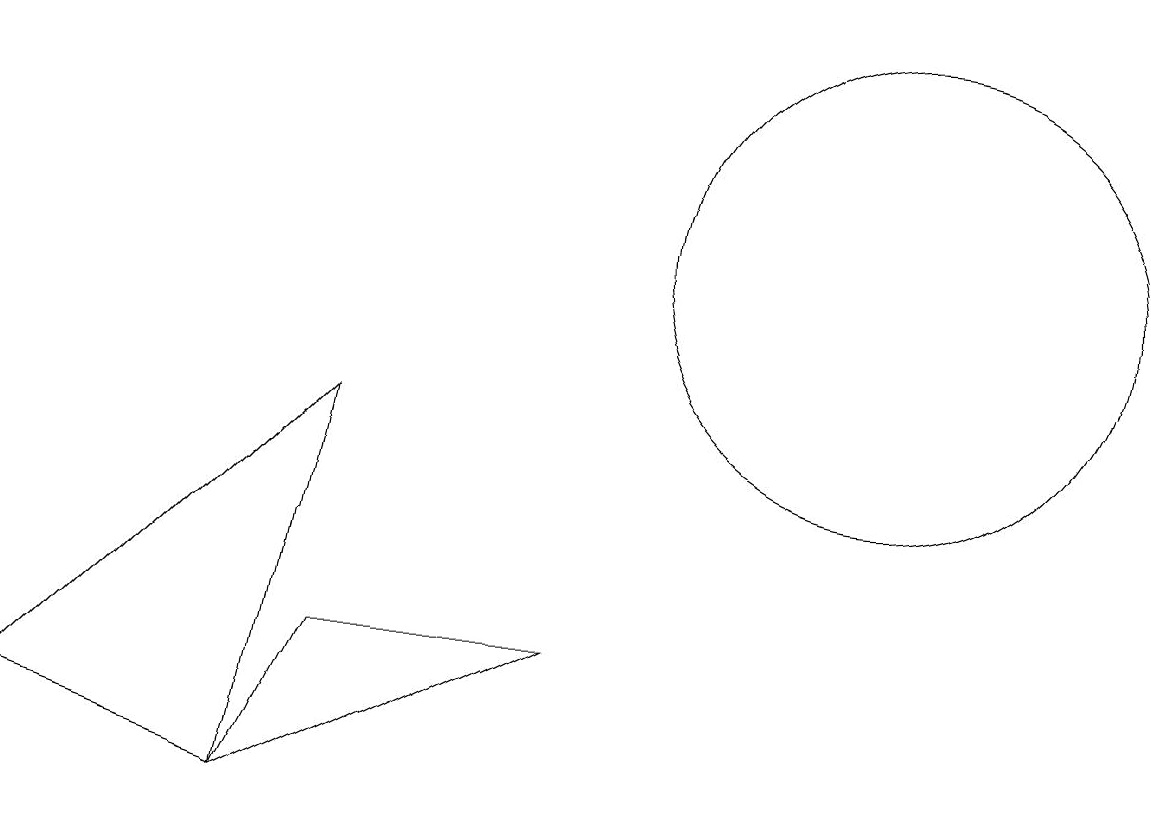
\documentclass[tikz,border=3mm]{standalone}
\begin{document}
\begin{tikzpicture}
\draw (4,6) -- (3,4) -- (7,6) -- cycle;
\draw (3,4) -- (0,5) -- (4,9) -- cycle;
\draw (11,11) circle (3);
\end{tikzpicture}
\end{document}